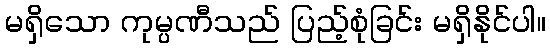
မရှိသော ကုမ္ပဏီသည် ပြည့်စုံခြင်း မရှိနိုင်ပါ။